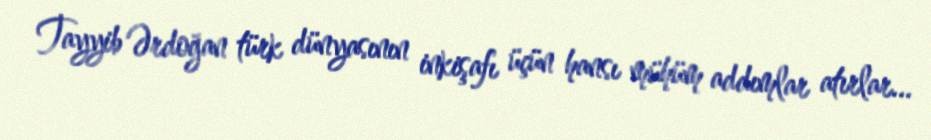
Tayyib Ərdoğan türk dünyasının inkişafı üçün hansı mühüm addımlar atırlar...